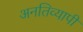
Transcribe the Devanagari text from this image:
अनतिव्यापी